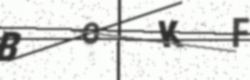
Text: BOKF